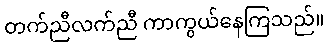
တက်ညီလက်ညီ ကာကွယ်နေကြသည်။